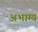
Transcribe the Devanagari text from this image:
अभाग्य